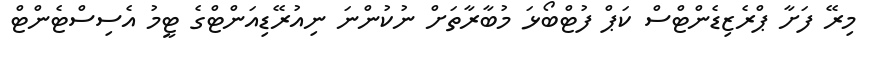
މިރޭ ފަށާ ޕްރެޒިޑެންޓްސް ކަޕް ފުޓްބޯޅަ މުބާރާތަށް ނުކުންނަ ނިއުރޭޑިއަންޓްގެ ޓީމު އެސިސްޓެންޓް